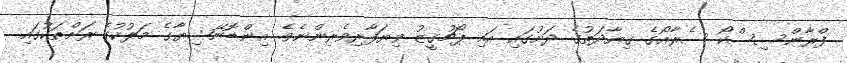
ފްރާންސިސްކޯ ސެރާއޯގެ ޤިޔާދަތުގެ ދަށުގައި އައި ޕޯޗުގީޒު ވިޔަފާރިވެރިންނެވެ. އިންޑޮނޭޝިޔާގެ މަލުކުގެ ރަށްތަކުގައި